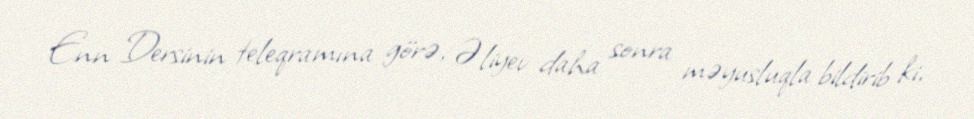
Enn Dersinin teleqramına görə, Əliyev daha sonra məyusluqla bildirib ki,